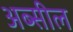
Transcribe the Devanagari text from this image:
अब्सील